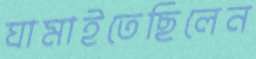
ঘামাইতেছিলেন